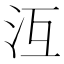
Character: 沍